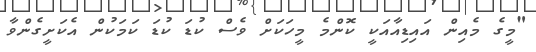
"މީގެ މެއިން އައިޑިއާއަކީ ކޮންމެ މީހަކަށް ވެސް ކުޑަ ކުޑަ ކަމަކުން އެކަށީގެންވާ